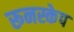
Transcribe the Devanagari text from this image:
रूनस्केप